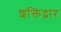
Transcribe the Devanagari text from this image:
शक्तिद्वार